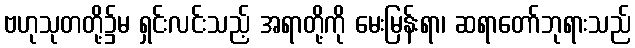
ဗဟုသုတတို့၌မ ရှင်းလင်းသည့် အရာတို့ကို မေးမြန်းရာ၊ ဆရာတော်ဘုရားသည်